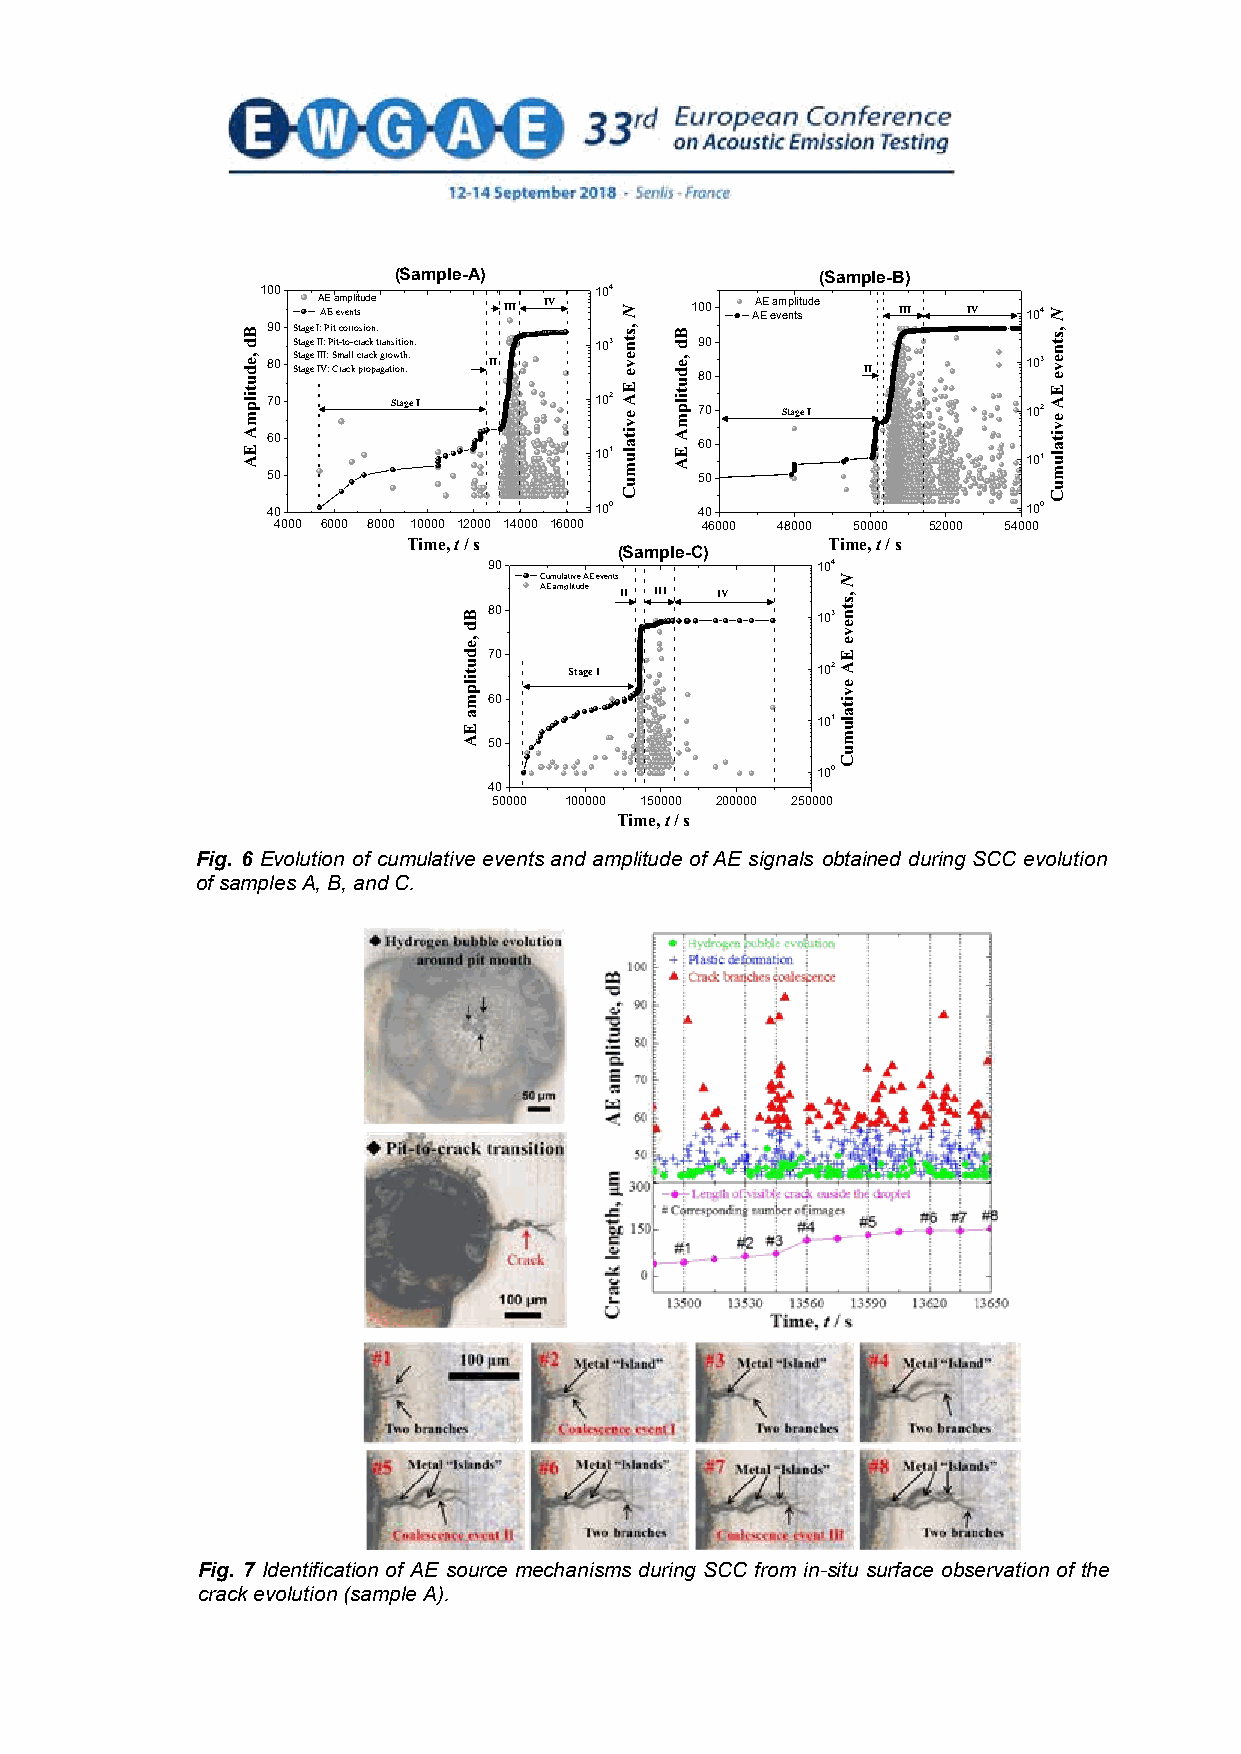
(Sample-A)                  (Sample-B)
 100                   104
 A AE E a em vep nl ti stude III IV 100 AA EE ea vm ep nl ti stude III IV 104
 90 Stage I: Pit corrosion.
 Stage II: Pit-to-crack transition. 103 90
 80 S St ta ag ge e I II VI: : S Cm raa cl kl c pr ra oc pk a g gr ao tiw onth .. II 80 II 103
 70      Stage I      102    70    Stage I         102
 60                          60 101                101
 50                          50
 40
 100
 40
 100
 4000 6000 8000 10000 12000 14000 16000 46000 48000 50000 52000 54000
 Tim e, t / s                Time, t / s
 (Sample-C)
 90                    104
 Cumulative AE events
 AE amplitude II III IV
 80                    103
 70
 Stage I         102
 60
 101
 50
 100
 40
 50000 100000 150000 200000 250000
 Time, t / s
 Fig. 6 Evolution of cumulative events and amplitude of AE signals obtained during SCC evolution
 of samples A, B, and C.
 Fig. 7 Identification of AE source mechanisms during SCC from in-situ surface observation of the
 crack evolution (sample A).
 6
 Bd
 ,edutilpmA
 EA
 Bd
 ,edutilpma
 EA
 N
 ,stneve
 EA
 evitalumuC
 Bd
 ,edutilpmA
 EA
 N
 ,stneve
 EA
 evitalumuC
 N
 ,stneve
 EA
 evitalumuC